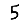
Digit: 5